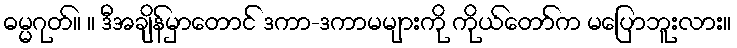
ဓမ္မဂုတ်။ ။ ဒီအချိန်မှာတောင် ဒကာ-ဒကာမများကို ကိုယ်တော်က မပြောဘူးလား။